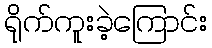
ရိုက်ကူးခဲ့ကြောင်း